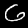
Digit: 6